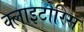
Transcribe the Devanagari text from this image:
क्लाइटोरिस